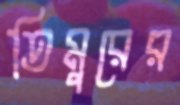
তিমুরের